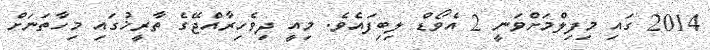
2014 ގައި މިފިލްމަށްވަނީ 2 އެވޯޑް ލިބިފައެވެ. މިއީ ދިވެހިރާއްޖޭގެ ތާރީޚުގައި މިހާތަނަށް